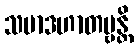
သမာဒဟာတဗ္ဗန္တိ